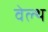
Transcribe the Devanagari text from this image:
वेल्‍थ